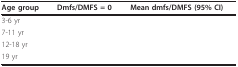
<table><thead><tr><td><b>Age group</b></td><td><b>Dmfs/DMFS = 0</b></td><td><b>Mean dmfs/DMFS (95% CI)</b></td></tr></thead><tbody><tr><td>3-6 yr</td><td>[EMPTY_CELL]</td><td>[EMPTY_CELL]</td></tr><tr><td>7-11 yr</td><td>[EMPTY_CELL]</td><td>[EMPTY_CELL]</td></tr><tr><td>12-18 yr</td><td>[EMPTY_CELL]</td><td>[EMPTY_CELL]</td></tr><tr><td>19 yr</td><td>[EMPTY_CELL]</td><td>[EMPTY_CELL]</td></tr></tbody></table>